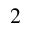
^ 2